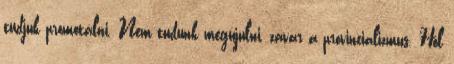
tudjuk promotálni. Nem tudunk megújulni, zavar a provincializmus. Hol